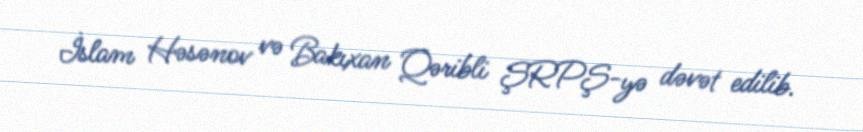
İslam Həsənov və Bakıxan Qəribli ŞRPŞ-yə dəvət edilib.